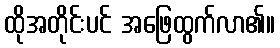
ထိုအတိုင်းပင် အဖြေထွက်လာ၏။